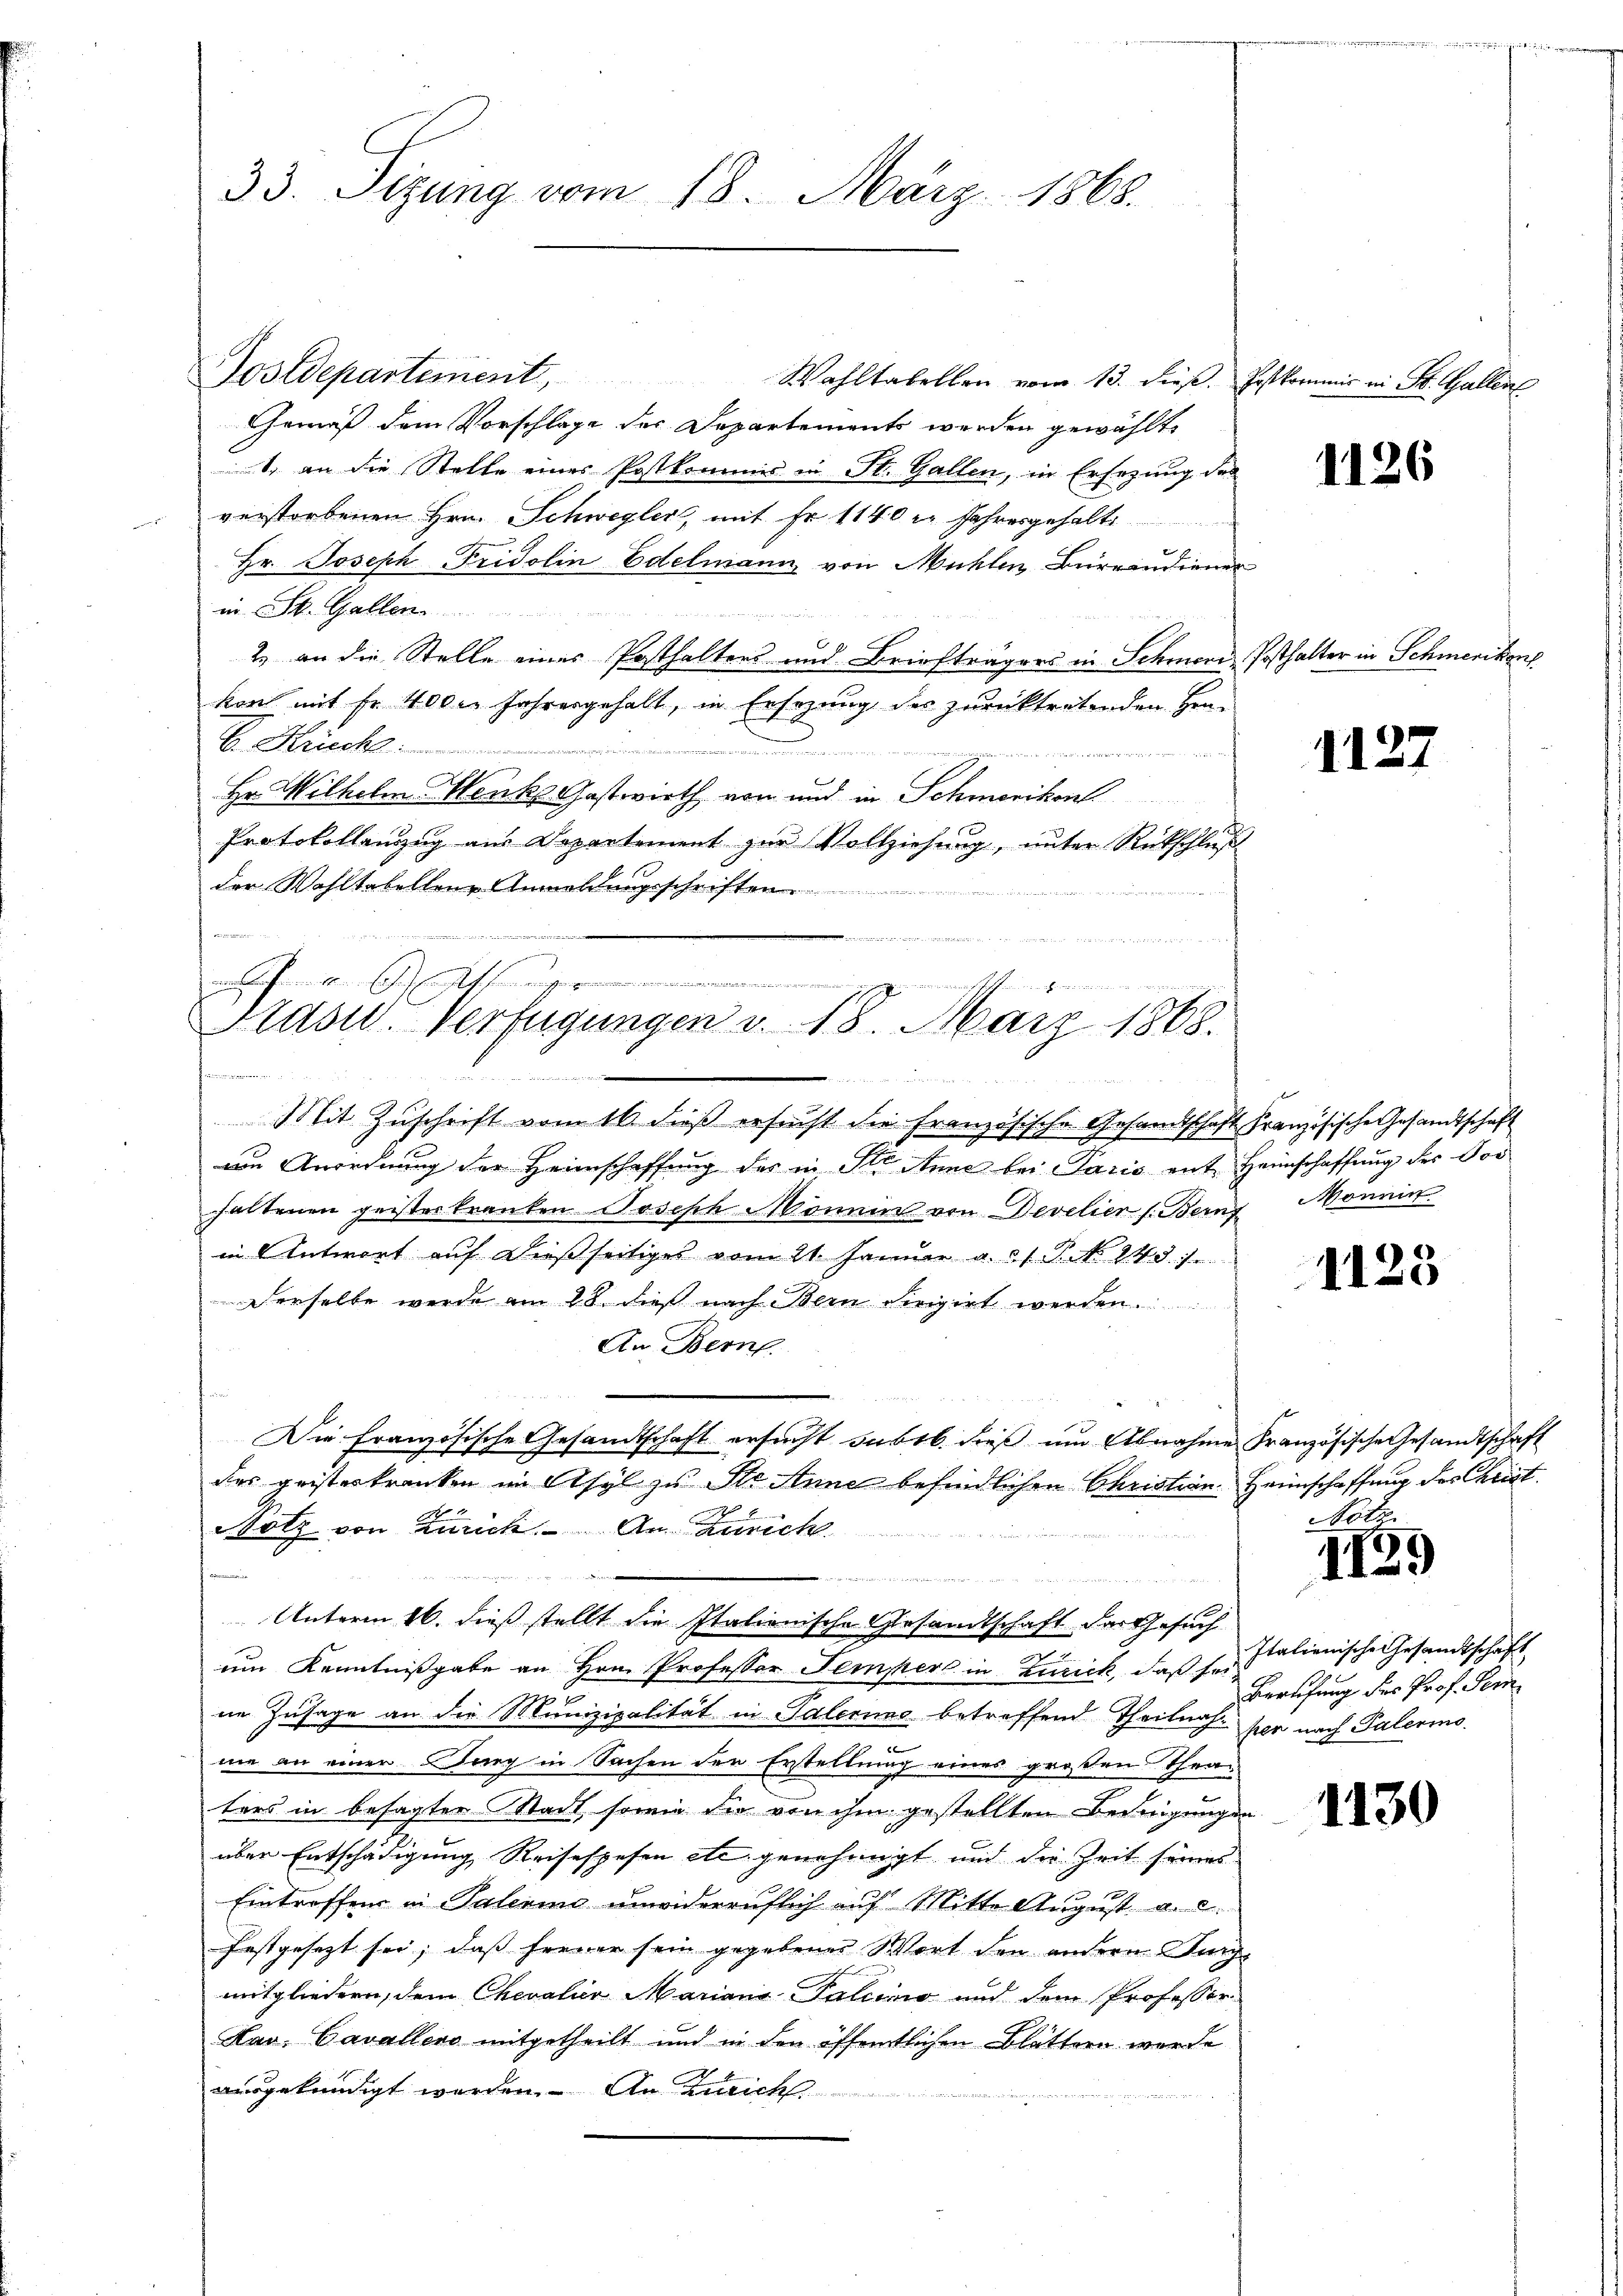
33. Sizung vom 18. März 1868.

Postdepartement,
Wahltabellen vom 13. dieß. Jostkommis in St. Gallen
Gemäß dem Vorschlage der Departements werden gewählte
1. an die Stelle eines Postkommis in St. Gallen, in Ersezung des
verstorbenen Hrn. Schwegler, mit Fr. 1140 l. Jahresgehalte
Hr. Joseph Fridolin Edelmann von Mühlen Bureaudiener
in St. Gallen
2.) an die Stelle eines Posthalters und Briefträgers in Schmer Posthalter in Schmerikant
kon mit Fr. 4000 Jahresgehalt, in Ersezung des zurücktretenden Hrn.
C. Kriecht
r
Hr. Wilhelm Werks Gastwirth von und in Schmerikon
Protokollenzug aus Departement zur Vollziehung, unter Rückschluß
der Wahltabelleur Anmeldungsschriften

in befange ihn herungenomm

Stasid. Verfügungen v. 18. März 1868.
nndienen

edung an ein u ein eine
Mit Zuschrift vom 16. dieß ersucht die Französische Gesandtschaft Französische Gesandtschaft
von Anordnung der Heimschaffung des in St. Anne bei Paris mit Heimschaffung der Vor
haltenen geisteskranken Joseph Monii von Develier s. Beruf
in Antwort auf dießseitiges vom 21. Januar a. d. J. No. 243. /.
Derselbe werde am 28. dieß nach Bern dirigirt werden
An Berne
t
Die Französische Gesandtschaft ersucht subtb. dieß um Abnahme Französische Gesandtschaft
des geisterkranken im Asyl zu Ste Anne befindlichen Christian Heimschaffung des Christ
Notz von Zürich. An Zürich

um Kenntnißgabe an Hrn. Professor Tempers in Zurick, daß sr. Italienische Gesandtschaft
ne Zusage an die Munizipalität in Palerins betreffend Theilnah per nach Palerino.
ne an einer Burg in Sachen der Erstellung eines großen Theaters in besagter Stadt, sowie die von ihm gestellten Bedingungen
über Entschädigung Reisespesen etc genehmigt und die Zeit seines
g
Eintreffen in Palerino unwiderruflich auf Mitte August. a. c.
festgesetzt sei, dass ferner sein gegebener Wort den andern durchmitgliedern, dem Chevalier Mariana Palcomo und dem Professor
Hav. Cavallens mitgetheilt und in den öffentlichen Blättern werde
ausgekündigt werden. An Zürich

.
Unterm 16. dieß stellt die Italienische Gesandtschaft das Gesuch

1126

1127

onnin

1125

Not

1139

1130

Berufung des Prof. Sein